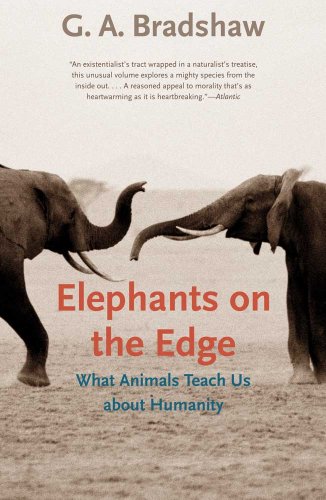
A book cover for Elephants on the Edge: What Animals Teach Us about Humanity; G. A. Bradshaw; Science & Math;